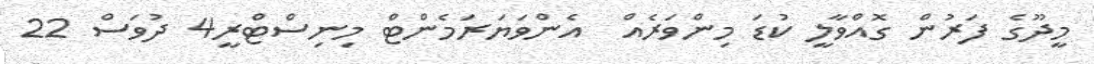
މީދޫގެ ފަރުން ގޮއްވާލީ ކުޑަ މިންވަރެއް  އެންވަޔަރަމެންޓް މިނިސްޓްރީ4 ދުވަސް 22